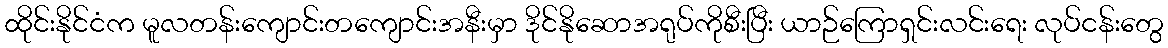
ထိုင်းနိုင်ငံက မူလတန်းကျောင်းတကျောင်းအနီးမှာ ဒိုင်နိုဆောအရုပ်ကိုစီးပြီး ယာဉ်ကြောရှင်းလင်းရေး လုပ်ငန်းတွေ